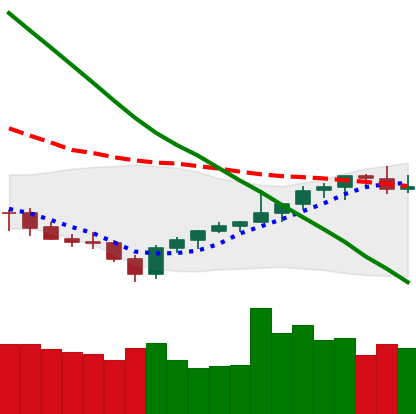
Ticker: LTC-USD
Chart end date: 2021-08-02
Forward return: 10.148%
Label: up_7plus